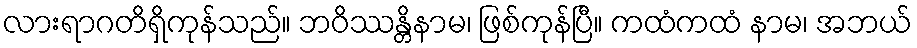
လားရာဂတိရှိကုန်သည်။ ဘဝိဿန္တိနာမ၊ ဖြစ်ကုန်ပြီ။ ကထံကထံ နာမ၊ အဘယ်